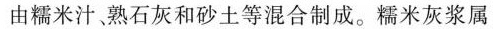
由糯米汁、熟石灰和砂土等混合制成。糯米灰浆属